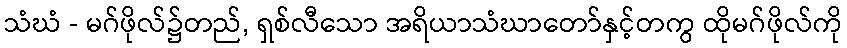
သံဃံ - မဂ်ဖိုလ်၌တည်, ရှစ်လီသော အရိယာသံဃာတော်နှင့်တကွ ထိုမဂ်ဖိုလ်ကို